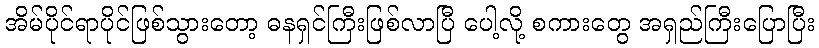
အိမ်ပိုင်ရာပိုင်ဖြစ်သွားတော့ ဓနရှင်ကြီးဖြစ်လာပြီ ပေါ့လို့ စကားတွေ အရှည်ကြီးပြောပြီး